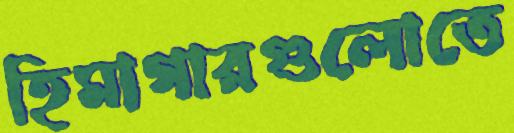
হিমাগারগুলোতে